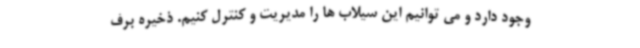
وجود دارد و می توانیم این سیلاب ها را مدیریت و کنترل کنیم. ذخیره برف